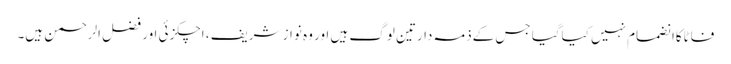
فاٹاکاانضمام نہیں کیاگیا جس کےذمہ دارتین لوگ ہیں اور وہ نواز شریف ، اچکزئی اور فضل الرحمن ہیں۔